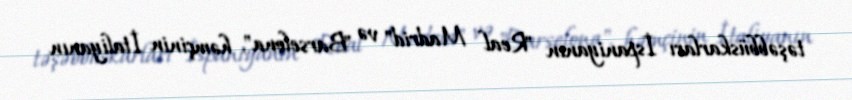
təşəbbüskarları İspaniyanın "Real Madrid" və "Barselona", həmçinin İtaliyanın